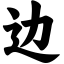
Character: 边